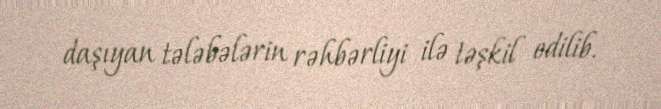
daşıyan tələbələrin rəhbərliyi ilə təşkil edilib.